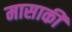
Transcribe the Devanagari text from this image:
मासाकी